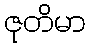
ဇုတိမာ